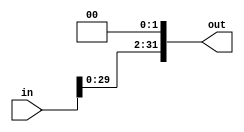
module Sll2
#(
    parameter WIDTH_IN = 32,
    parameter WIDTH_OUT = 32
)
(in, out);

input wire [WIDTH_IN-1:0] in;
output wire [WIDTH_OUT-1:0] out;

assign out = in << 2;

endmodule